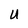
Character: U